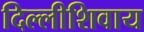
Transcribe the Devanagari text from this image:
दिल्लीशिवाय